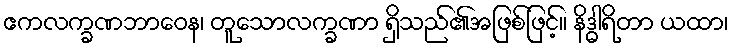
ဧကလက္ခဏဘာဝေန၊ တူသောလက္ခဏာ ရှိသည်၏အဖြစ်ဖြင့်။ နိဒ္ဓါရိတာ ယထာ၊